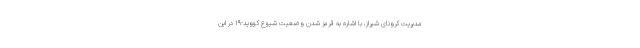
مدیریت کرونای شیراز، با اشاره به قرمز شدن وضعیت شیوع کووید-۱۹ در این